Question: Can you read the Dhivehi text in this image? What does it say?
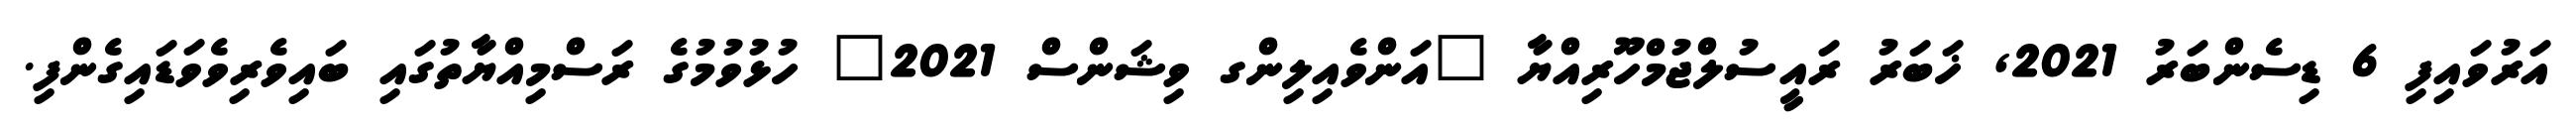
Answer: އަރުވައިފި 6 ޑިސެންބަރު 2021, ޚަބަރު ރައީސުލްޖުމްހޫރިއްޔާ "އަންވެއިލިންގ ވިޝަންސް 2021" ހުޅުވުމުގެ ރަސްމިއްޔާތުގައި ބައިވެރިވެވަޑައިގެންފި.